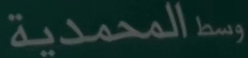
وسطالمحمدية